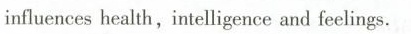
influences health,intelligence and feelings.